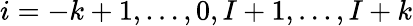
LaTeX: i=-k+1,\ldots,0,I+1,\ldots,I+k